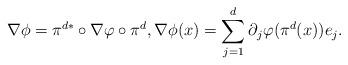
LaTeX: \begin{align*} \nabla\phi=\pi^{d*}\circ \nabla\varphi\circ\pi^d, \nabla\phi(x)= \sum_{j=1}^d \partial_j\varphi(\pi^d(x)) e_j.\end{align*}